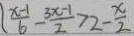
\frac { x - 1 } { 6 } - \frac { 3 x - 1 } { 2 } > 2 - \frac { x } { 2 }